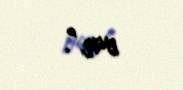
var”.